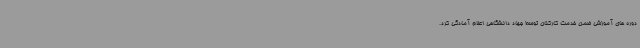
دوره های آموزشی ضمن خدمت کارکنان توسط جهاد دانشگاهی اعلام آمادگی کرد.